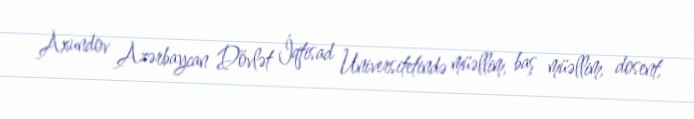
Axundov Azərbaycan Dövlət İqtisad Universitetində müəllim, baş müəllim, dosent,